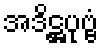
အဒိဋ္ဌပုဗ္ဗံ